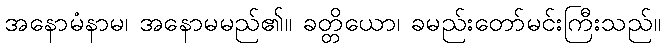
အနောမံနာမ၊ အနောမမည်၏။ ခတ္တိယော၊ ခမည်းတော်မင်းကြီးသည်။